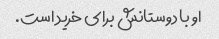
او با دوستانش برای خرید است.